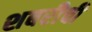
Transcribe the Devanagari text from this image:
शबरीची